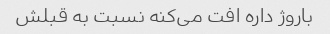
باروژ داره افت می‌کنه نسبت به قبلش